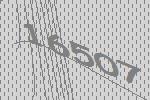
16507